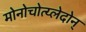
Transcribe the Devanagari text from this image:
मोनोचोत्य्लेदोन्